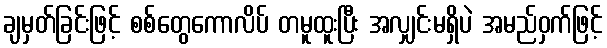
ချမှတ်ခြင်းဖြင့် စစ်တွေကောလိပ် တမူထူးပြီး အလျှင်းမရှိပဲ အမည်ဝှက်ဖြင့်